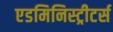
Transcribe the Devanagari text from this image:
एडमिनिस्ट्रीटर्स